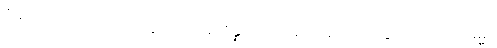
ဝိသေသတောယေဝ သဗ္ဗတြာပိ အဘိန္နာတိ ပုရိမယာမံ ဧဝသဒ္ဒေ ကတပရိကမ္မော